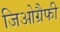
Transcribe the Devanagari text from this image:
जिओग्रैफी